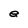
Character: e